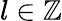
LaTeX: l\in\mathbb Z